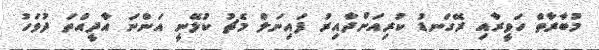
މުބާރާތް ހަވީރާއި ރޭގަނޑު ކުރިއަށްދާއިރު ފައިނަލް މެޗު ކުޅޭނީ އަންނަ އާދީއްތަ ދުވަހު